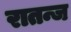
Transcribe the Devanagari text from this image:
रातन्ज